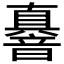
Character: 𮧼